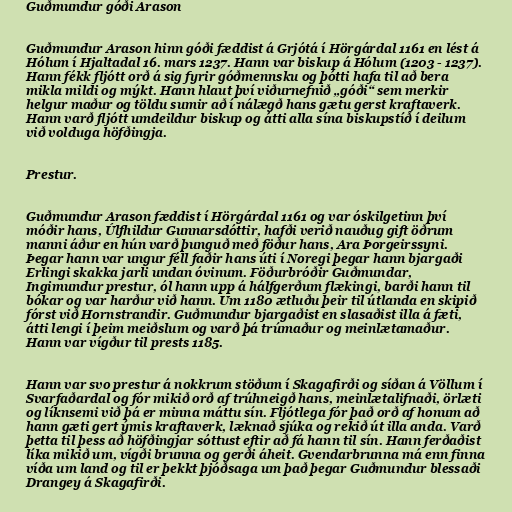
Guðmundur góði Arason

Guðmundur Arason hinn góði fæddist á Grjótá í Hörgárdal 1161 en lést á
Hólum í Hjaltadal 16. mars 1237. Hann var biskup á Hólum (1203 - 1237).
Hann fékk fljótt orð á sig fyrir góðmennsku og þótti hafa til að bera
mikla mildi og mýkt. Hann hlaut því viðurnefnið „góði“ sem merkir
helgur maður og töldu sumir að í nálægð hans gætu gerst kraftaverk.
Hann varð fljótt umdeildur biskup og átti alla sína biskupstíð í deilum
við volduga höfðingja.

Prestur.

Guðmundur Arason fæddist í Hörgárdal 1161 og var óskilgetinn því
móðir hans, Úlfhildur Gunnarsdóttir, hafði verið nauðug gift öðrum
manni áður en hún varð þunguð með föður hans, Ara Þorgeirssyni.
Þegar hann var ungur féll faðir hans úti í Noregi þegar hann bjargaði
Erlingi skakka jarli undan óvinum. Föðurbróðir Guðmundar,
Ingimundur prestur, ól hann upp á hálfgerðum flækingi, barði hann til
bókar og var harður við hann. Um 1180 ætluðu þeir til útlanda en skipið
fórst við Hornstrandir. Guðmundur bjargaðist en slasaðist illa á fæti,
átti lengi í þeim meiðslum og varð þá trúmaður og meinlætamaður.
Hann var vígður til prests 1185.

Hann var svo prestur á nokkrum stöðum í Skagafirði og síðan á Völlum í
Svarfaðardal og fór mikið orð af trúhneigð hans, meinlætalifnaði, örlæti
og líknsemi við þá er minna máttu sín. Fljótlega fór það orð af honum að
hann gæti gert ýmis kraftaverk, læknað sjúka og rekið út illa anda. Varð
þetta til þess að höfðingjar sóttust eftir að fá hann til sín. Hann ferðaðist
líka mikið um, vígði brunna og gerði áheit. Gvendarbrunna má enn finna
víða um land og til er þekkt þjóðsaga um það þegar Guðmundur blessaði
Drangey á Skagafirði.